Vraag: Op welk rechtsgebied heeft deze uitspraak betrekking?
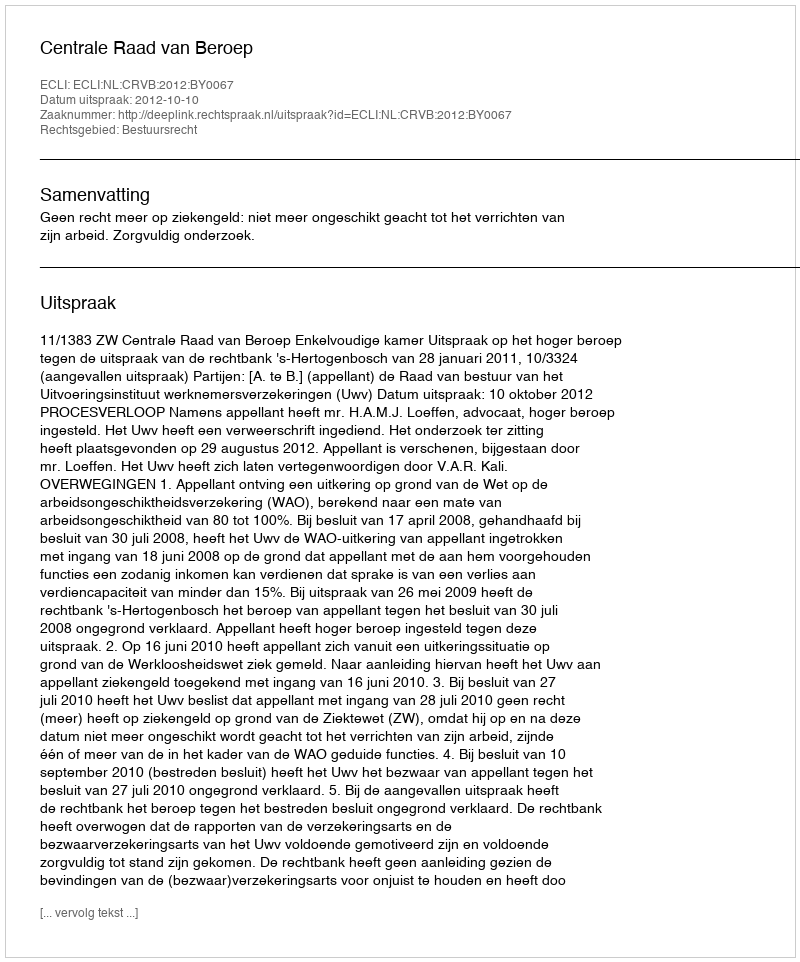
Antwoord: Bestuursrecht